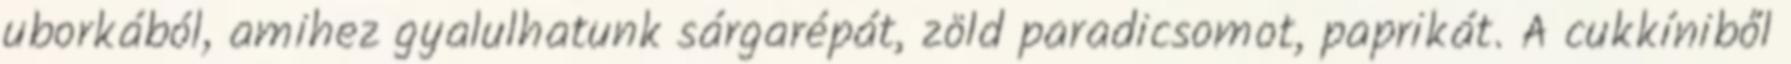
uborkából, amihez gyalulhatunk sárgarépát, zöld paradicsomot, paprikát. A cukkíniből